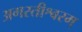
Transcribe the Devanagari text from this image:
अगस्तीश्वरम्